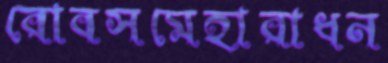
রোবসমেহারাধন